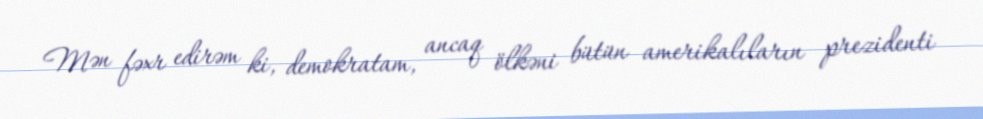
Mən fəxr edirəm ki, demokratam, ancaq ölkəni bütün amerikalıların prezidenti